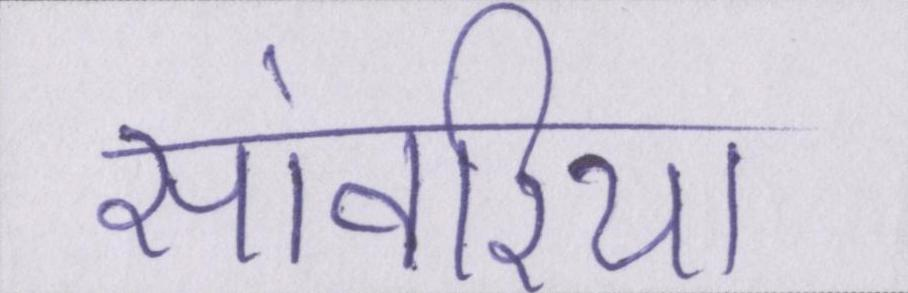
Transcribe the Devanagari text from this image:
सांवरिया